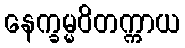
နေက္ခမ္မဝိတက္ကာယ